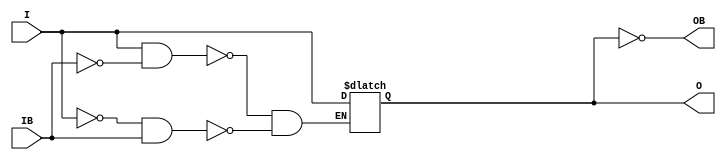
// $Header: /devl/xcs/repo/env/Databases/CAEInterfaces/verunilibs/s/IBUFGDS_DIFF_OUT.v,v 1.2 2003/01/21 01:05:42 wloo Exp $

/*

FUNCTION	: INPUT BUFFER

*/

`timescale  100 ps / 10 ps


module IBUFGDS_DIFF_OUT (O, OB, I, IB);

    parameter IOSTANDARD = "LVDS_25";

    output O, OB;

    input  I, IB;

    reg  o_out;

    buf B0 (O, o_out);
    not B1 (OB, o_out);

    always @(I or IB) begin
	if (I == 1'b1 && IB == 1'b0)
	    o_out <= I;
	else if (I == 1'b0 && IB == 1'b1)
	    o_out <= I;
    end

    specify
	(I  *>  O) = (0, 0);
	(IB *>  O) = (0, 0);
	(I  *> OB) = (0, 0);
	(IB *> OB) = (0, 0);
    endspecify

endmodule